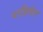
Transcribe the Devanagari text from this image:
पाहिलेत